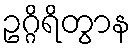
ဥဂ္ဂိရိတွာန